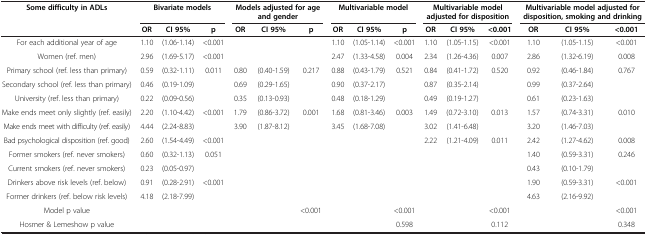
<table><thead><tr><td><b>Some difficulty in ADLs</b></td><td colspan="3"><b>Bivariate models</b></td><td colspan="3"><b>Models adjusted for age and gender</b></td><td colspan="3"><b>Multivariable model</b></td><td colspan="3"><b>Multivariable model adjusted for disposition</b></td><td colspan="3"><b>Multivariable model adjusted for disposition, smoking and drinking</b></td></tr><tr><td><b> </b></td><td><b>OR</b></td><td><b>CI 95%</b></td><td><b>p</b></td><td><b>OR</b></td><td><b>CI 95%</b></td><td><b>p</b></td><td><b>OR</b></td><td><b>CI 95%</b></td><td><b>p</b></td><td><b>OR</b></td><td><b>CI 95%</b></td><td><b>&lt;0.001</b></td><td><b>OR</b></td><td><b>CI 95%</b></td><td><b>&lt;0.001</b></td></tr></thead><tbody><tr><td>For each additional year of age</td><td>1.10</td><td>(1.06-1.14)</td><td>&lt;0.001</td><td> </td><td> </td><td> </td><td>1.10</td><td>(1.05-1.14)</td><td>&lt;0.001</td><td>1.10</td><td>(1.05-1.15)</td><td>&lt;0.001</td><td>1.10</td><td>(1.05-1.15)</td><td>&lt;0.001</td></tr><tr><td>Women (ref. men)</td><td>2.96</td><td>(1.69-5.17)</td><td>&lt;0.001</td><td> </td><td> </td><td> </td><td>2.47</td><td>(1.33-4.58)</td><td>0.004</td><td>2.34</td><td>(1.26-4.36)</td><td>0.007</td><td>2.86</td><td>(1.32-6.19)</td><td>0.008</td></tr><tr><td>Primary school (ref. less than primary)</td><td>0.59</td><td>(0.32-1.11)</td><td rowspan="3">0.011</td><td>0.80</td><td>(0.40-1.59)</td><td rowspan="3">0.217</td><td>0.88</td><td>(0.43-1.79)</td><td rowspan="3">0.521</td><td>0.84</td><td>(0.41-1.72)</td><td rowspan="3">0.520</td><td>0.92</td><td>(0.46-1.84)</td><td rowspan="3">0.767</td></tr><tr><td>Secondary school (ref. less than primary)</td><td>0.46</td><td>(0.19-1.09)</td><td>0.69</td><td>(0.29-1.65)</td><td>0.90</td><td>(0.37-2.17)</td><td>0.87</td><td>(0.35-2.14)</td><td>0.99</td><td>(0.37-2.64)</td></tr><tr><td>University (ref. less than primary)</td><td>0.22</td><td>(0.09-0.56)</td><td>0.35</td><td>(0.13-0.93)</td><td>0.48</td><td>(0.18-1.29)</td><td>0.49</td><td>(0.19-1.27)</td><td>0.61</td><td>(0.23-1.63)</td></tr><tr><td>Make ends meet only slightly (ref. easily)</td><td>2.20</td><td>(1.10-4.42)</td><td rowspan="2">&lt;0.001</td><td>1.79</td><td>(0.86-3.72)</td><td rowspan="2">0.001</td><td>1.68</td><td>(0.81-3.46)</td><td rowspan="2">0.003</td><td>1.49</td><td>(0.72-3.10)</td><td rowspan="2">0.013</td><td>1.57</td><td>(0.74-3.31)</td><td rowspan="2">0.010</td></tr><tr><td>Make ends meet with difficulty (ref. easily)</td><td>4.44</td><td>(2.24-8.83)</td><td>3.90</td><td>(1.87-8.12)</td><td>3.45</td><td>(1.68-7.08)</td><td>3.02</td><td>(1.41-6.48)</td><td>3.20</td><td>(1.46-7.03)</td></tr><tr><td>Bad psychological disposition (ref. good)</td><td>2.60</td><td>(1.54-4.49)</td><td>&lt;0.001</td><td> </td><td> </td><td> </td><td> </td><td> </td><td> </td><td>2.22</td><td>(1.21-4.09)</td><td>0.011</td><td>2.42</td><td>(1.27-4.62)</td><td>0.008</td></tr><tr><td>Former smokers (ref. never smokers)</td><td>0.60</td><td>(0.32-1.13)</td><td rowspan="2">0.051</td><td> </td><td> </td><td> </td><td> </td><td> </td><td> </td><td> </td><td> </td><td> </td><td>1.40</td><td>(0.59-3.31)</td><td rowspan="2">0.246</td></tr><tr><td>Current smokers (ref. never smokers)</td><td>0.23</td><td>(0.05-0.97)</td><td> </td><td> </td><td> </td><td> </td><td> </td><td> </td><td> </td><td> </td><td> </td><td>0.43</td><td>(0.10-1.79)</td></tr><tr><td>Drinkers above risk levels (ref. below)</td><td>0.91</td><td>(0.28-2.91)</td><td rowspan="2">&lt;0.001</td><td> </td><td> </td><td> </td><td> </td><td> </td><td> </td><td> </td><td> </td><td> </td><td>1.90</td><td>(0.59-3.31)</td><td rowspan="2">&lt;0.001</td></tr><tr><td>Former drinkers (ref. below risk levels)</td><td>4.18</td><td>(2.18-7.99)</td><td> </td><td> </td><td> </td><td> </td><td> </td><td> </td><td> </td><td> </td><td> </td><td>4.63</td><td>(2.16-9.92)</td></tr><tr><td>Model p value</td><td> </td><td> </td><td> </td><td> </td><td> </td><td>&lt;0.001</td><td> </td><td> </td><td>&lt;0.001</td><td> </td><td> </td><td>&lt;0.001</td><td> </td><td> </td><td>&lt;0.001</td></tr><tr><td>Hosmer &amp; Lemeshow p value</td><td> </td><td> </td><td> </td><td> </td><td> </td><td> </td><td> </td><td> </td><td>0.598</td><td> </td><td> </td><td>0.112</td><td> </td><td> </td><td>0.348</td></tr></tbody></table>